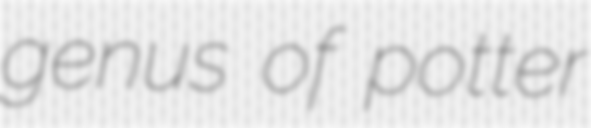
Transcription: genus of potter